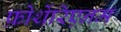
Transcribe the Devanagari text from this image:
फ़ोर्थेरिएनम